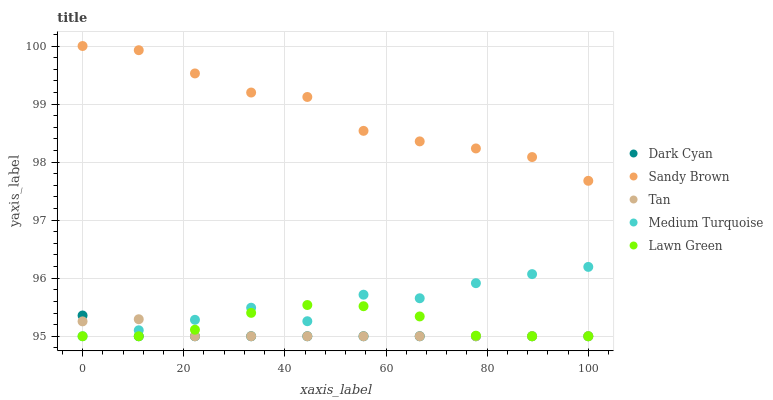
| xaxis_label | Dark Cyan | Sandy Brown | Tan | Medium Turquoise | Lawn Green |
 | --- | --- | --- | --- | --- | --- |
 | 0 | 95.4 | 100 | 95.3 | 95 | 95 |
 | 11.1 | 95 | 99.9 | 95.3 | 95.1 | 95 |
 | 22.2 | 95 | 99.5 | 95 | 95.3 | 95.1 |
 | 33.3 | 95 | 99.2 | 95 | 95.5 | 95.4 |
 | 44.4 | 95 | 99.1 | 95 | 95.3 | 95.5 |
 | 55.6 | 95 | 98.5 | 95 | 95.7 | 95.5 |
 | 66.7 | 95 | 98.4 | 95 | 95.7 | 95.3 |
 | 77.8 | 95 | 98.2 | 95 | 95.9 | 95 |
 | 88.9 | 95 | 98.1 | 95 | 96.1 | 95 |
 | 100 | 95 | 97.7 | 95 | 96.2 | 95 |